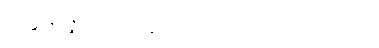
တိရစ္ဆာနဝိဇ္ဇပရိယာပုဏန သိက္ခာပဒ၊ ဝိ-၂-ပါ-၄၀၁၊ ဋ္ဌ-၂၁၅။